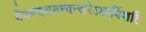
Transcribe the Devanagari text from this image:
वैवस्वतमन्वन्तरेऽष्टाविंशति